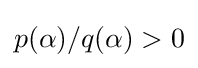
p(\alpha )/q(\alpha )>0